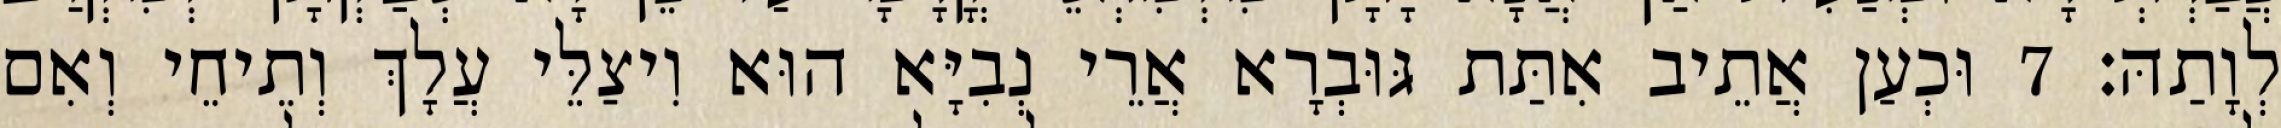
לְוָתַהּ׃ 7 וּכְעַן אֲתֵיב אִתַּת גּוּבְרָא אֲרֵי נְבִיָּא הוּא וִיצַלֵּי עֲלָךְ וְתֵיחֵי וְאִם